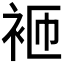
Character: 𬡋